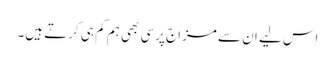
اس لیے ان سے مزاج پرسی بھی ہم کم ہی کرتے ہیں۔